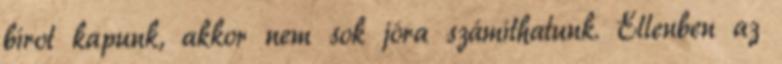
bírot kapunk, akkor nem sok jóra számíthatunk. Ellenben az